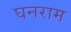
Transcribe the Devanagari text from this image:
घनराम